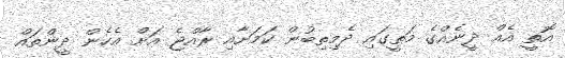
އޮތީ އެއް ދީނެއްގެ މަތީގައި ދެމިތިބުން ކަމަށާއި ރާއްޖެ އަށް އެހެން ދީންތައް